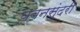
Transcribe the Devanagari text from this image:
यवनसुंदरी